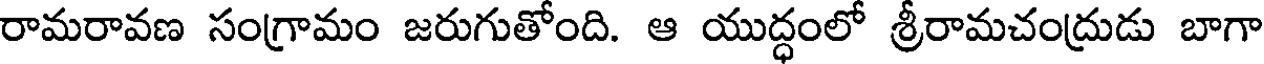
రామరావణ సంగ్రామం జరుగుతోంది. ఆ యుద్ధంలో శ్రీరామచంద్రుడు బాగా